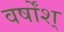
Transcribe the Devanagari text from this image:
वर्षोंश्